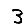
Digit: 3